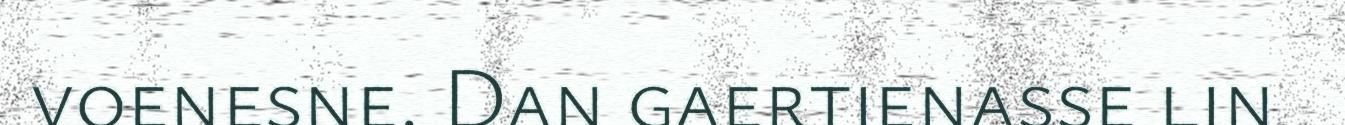
voenesne. Dan gaertienasse lin